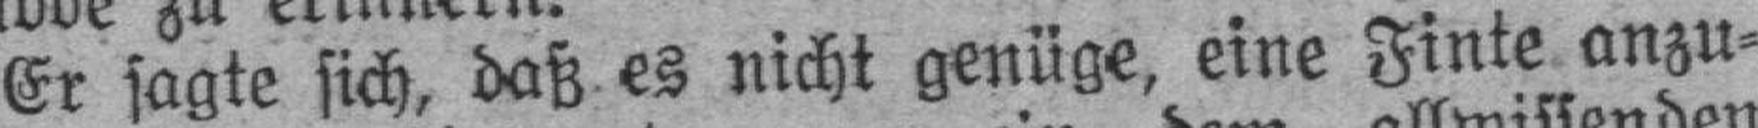
Er sagte sich, daß es nicht genüge, eine Finte anzu¬